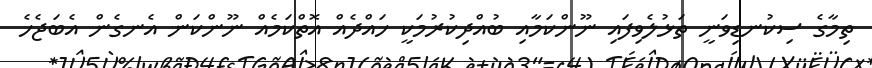
ތިމާގެ ސިކުނޑިވަނީ ތަޅުލެވިފައި ނޫންކަމާއި ބުއްދިކުރުމަކީ ހައްދެއް އޮތްކަމެއް ނޫންކަން އެނގެން އެބަޖެހެ